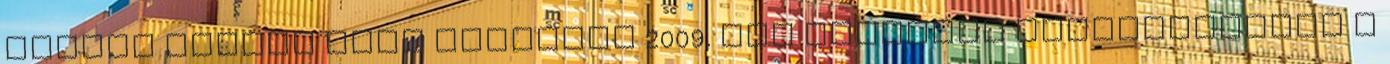
Magyar Állami Népi Együttes 2009. évi előadási statisztikája A